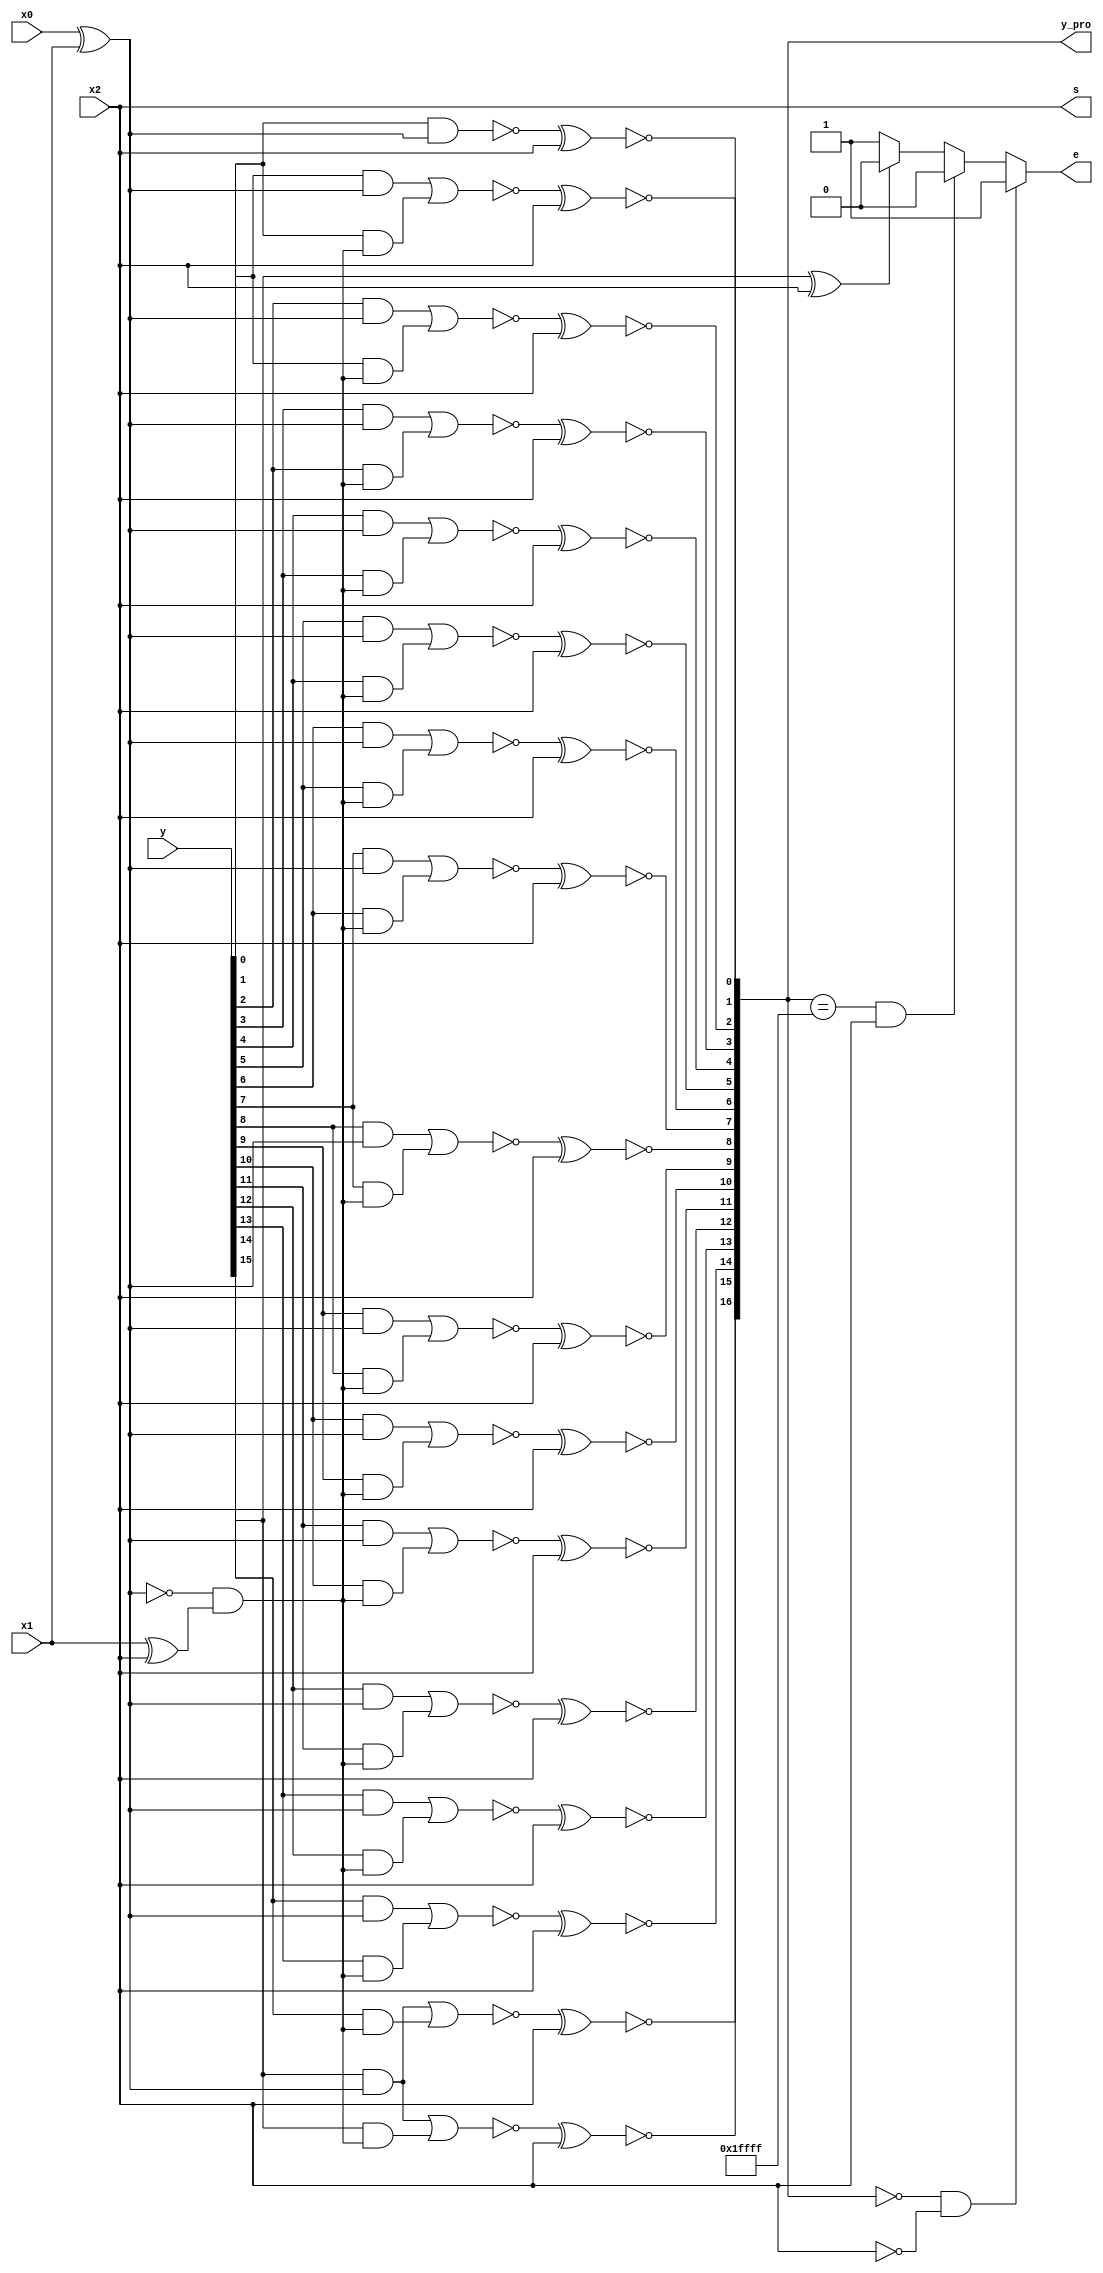
//
//Purpose       : booth2 encoder
//
//
//Simulator     : NC-Verilog
//---------------------------------------------------------------------
module booth2(x2 , x1 , x0 , y , y_pro , s, e);
//-----------------------input-----------------------------------------
input x2 , x1 , x0;
input [15:0] y;
//-----------------------output----------------------------------------
output [16:0] y_pro;
output s, e;
//-----------------------interior connection---------------------------
wire  m1 , m2;
reg e;
always @(*)
begin
	if((y_pro == 0)&(s == 0))
   begin
      e = 1'b1;
   end
   else if ((y_pro == 17'h1ffff)&(s == 1))
   begin
      e = 1'b0;
   end
   else if(y[15]^s)
   begin
      e = 1'b0;
   end
   else 
   begin
      e = 1'b1;
   end 
end
//-----------------------booth2 encoder--------------------------------
assign m1 = x0 ^ x1;
assign m2 = (~(x0 ^ x1)) &(x1 ^ x2);
//-----------------------booth2 selector-------------------------------
assign s = x2;
assign y_pro[0] = ~((~(y[0] & m1))^s);
assign y_pro[1] = ~((~((y[1] & m1)|(y[0] & m2)))^s);
assign y_pro[2] = ~((~((y[2] & m1)|(y[1] & m2)))^s);
assign y_pro[3] = ~((~((y[3] & m1)|(y[2] & m2)))^s);
assign y_pro[4] = ~((~((y[4] & m1)|(y[3] & m2)))^s);
assign y_pro[5] = ~((~((y[5] & m1)|(y[4] & m2)))^s);
assign y_pro[6] = ~((~((y[6] & m1)|(y[5] & m2)))^s);
assign y_pro[7] = ~((~((y[7] & m1)|(y[6] & m2)))^s);
assign y_pro[8] = ~((~((y[8] & m1)|(y[7] & m2)))^s);
assign y_pro[9] = ~((~((y[9] & m1)|(y[8] & m2)))^s);
assign y_pro[10] = ~((~((y[10] & m1)|(y[9] & m2)))^s);
assign y_pro[11] = ~((~((y[11] & m1)|(y[10] & m2)))^s);
assign y_pro[12] = ~((~((y[12] & m1)|(y[11] & m2)))^s);
assign y_pro[13] = ~((~((y[13] & m1)|(y[12] & m2)))^s);
assign y_pro[14] = ~((~((y[14] & m1)|(y[13] & m2)))^s);
assign y_pro[15] = ~((~((y[15] & m1)|(y[14] & m2)))^s);
assign y_pro[16] = ~((~((y[15] & m1)|(y[15] & m2)))^s);

endmodule